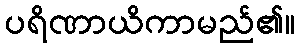
ပရိဏာယိကာမည်၏။